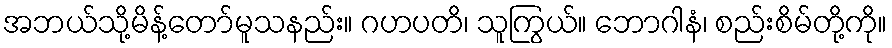
အဘယ်သို့မိန့်တော်မူသနည်း။ ဂဟပတိ၊ သူကြွယ်။ ဘောဂါနံ၊ စည်းစိမ်တို့ကို။